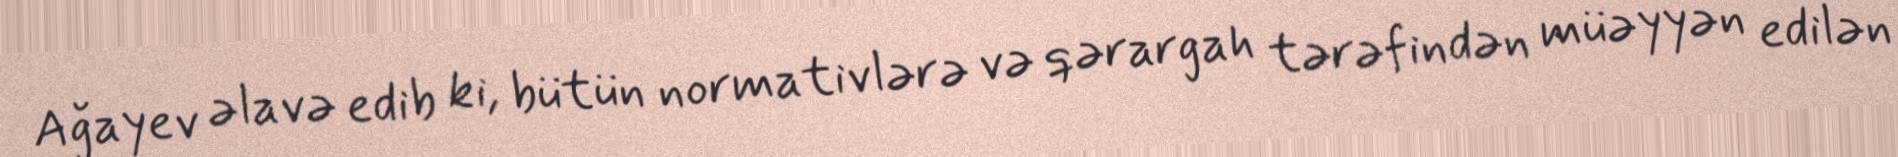
Ağayev əlavə edib ki, bütün normativlərə və qərargah tərəfindən müəyyən edilən